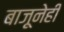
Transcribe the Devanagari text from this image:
बाजूनेही